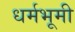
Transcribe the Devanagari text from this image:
धर्मभूमी